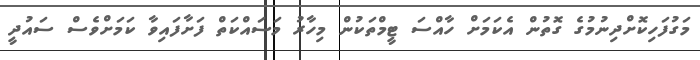
މަގުފަހިކޮށްދިނުމުގެ ގޮތުން އެކަމަށް ހާއްސަ ޓީމްތަކުން މިހާރު މަސައްކަތް ފަށާފައިވާ ކަމަށްވެސް ސައުދީ